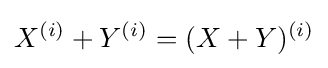
X^{(i)}+Y^{(i)}=(X+Y)^{(i)}